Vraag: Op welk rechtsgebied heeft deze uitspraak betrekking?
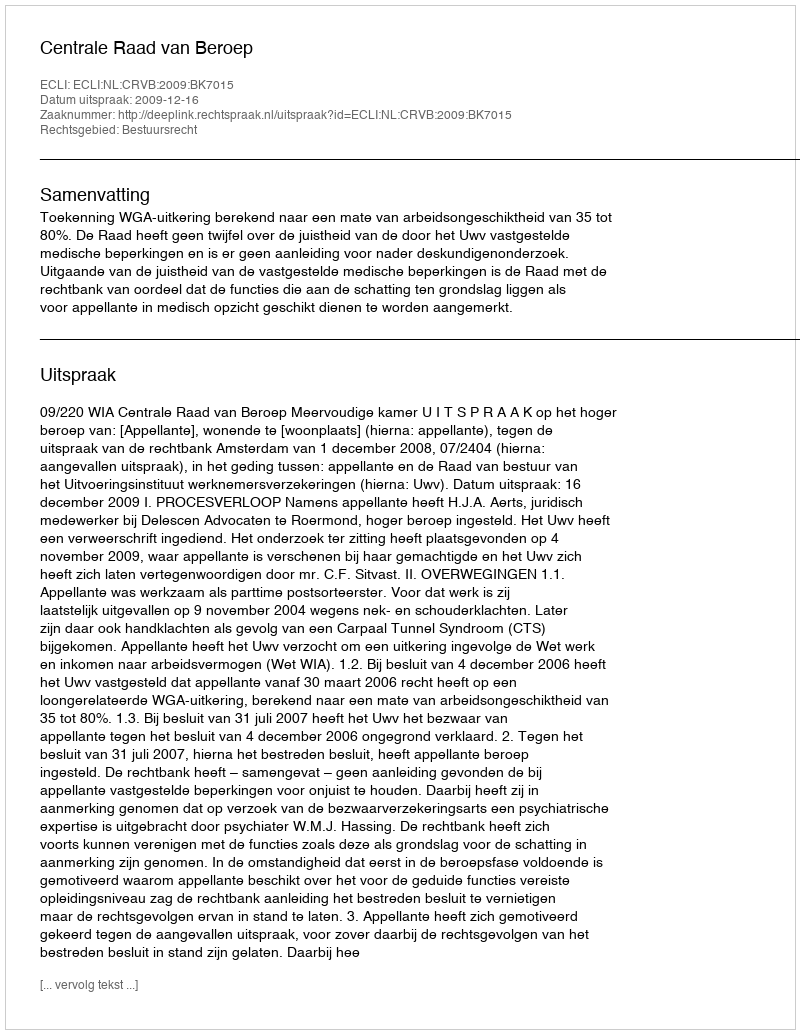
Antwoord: Bestuursrecht